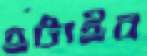
হটাইব